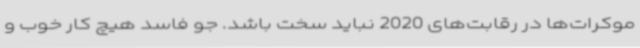
موکرات‌ها در رقابت‌های 2020 نباید سخت باشد. جو فاسد هیچ کار خوب و